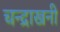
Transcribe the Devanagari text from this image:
चन्द्राखनी